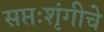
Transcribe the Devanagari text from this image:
सप्तःशृंगीचे